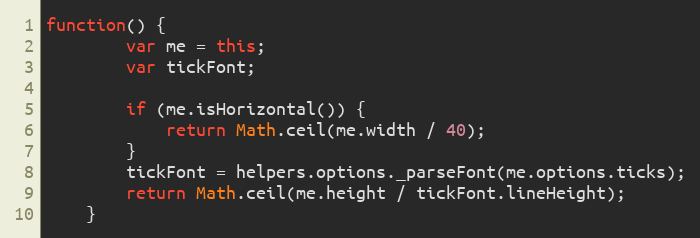
Language: JavaScript
function() {
		var me = this;
		var tickFont;

		if (me.isHorizontal()) {
			return Math.ceil(me.width / 40);
		}
		tickFont = helpers.options._parseFont(me.options.ticks);
		return Math.ceil(me.height / tickFont.lineHeight);
	}